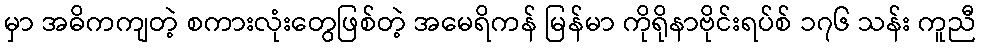
မှာ အဓိကကျတဲ့ စကားလုံးတွေဖြစ်တဲ့ အမေရိကန် မြန်မာ ကိုရိုနာဗိုင်းရပ်စ် ၁၇၆ သန်း ကူညီ